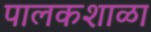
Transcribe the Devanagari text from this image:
पालकशाळा